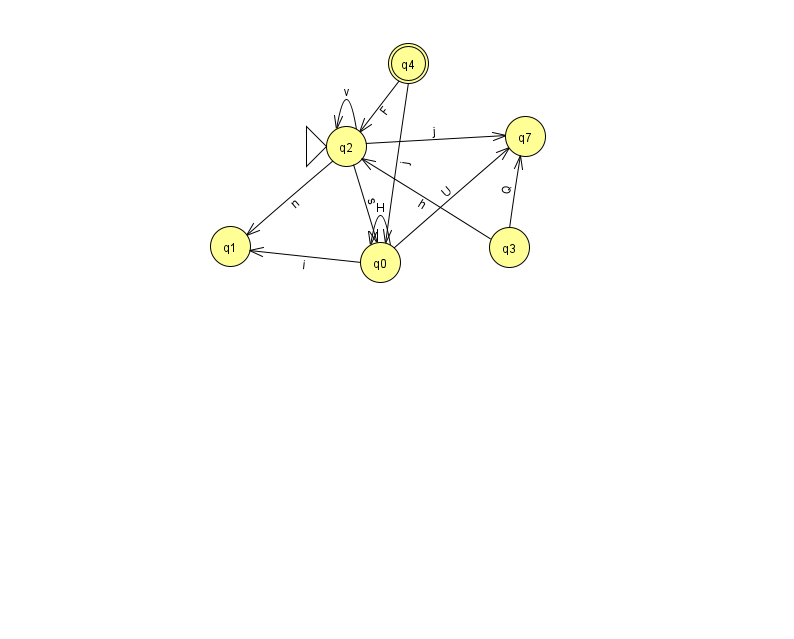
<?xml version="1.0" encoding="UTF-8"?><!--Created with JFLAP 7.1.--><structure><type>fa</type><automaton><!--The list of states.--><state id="0" name="q0"><x>380.0</x><y>249.0</y></state><state id="1" name="q1"><x>230.0</x><y>233.0</y></state><state id="2" name="q2"><x>346.0</x><y>133.0</y><initial/></state><state id="3" name="q3"><x>509.0</x><y>234.0</y></state><state id="4" name="q4"><x>408.0</x><y>50.0</y><final/></state><state id="7" name="q7"><x>525.0</x><y>123.0</y></state><!--The list of transitions.--><transition><from>0</from><to>1</to><read>i</read></transition><transition><from>2</from><to>1</to><read>n</read></transition><transition><from>4</from><to>0</to><read>j</read></transition><transition><from>2</from><to>0</to><read>s</read></transition><transition><from>2</from><to>7</to><read>j</read></transition><transition><from>2</from><to>2</to><read>v</read></transition><transition><from>0</from><to>0</to><read>H</read></transition><transition><from>3</from><to>2</to><read>h</read></transition><transition><from>4</from><to>2</to><read>F</read></transition><transition><from>0</from><to>7</to><read>U</read></transition><transition><from>3</from><to>7</to><read>Q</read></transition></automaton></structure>